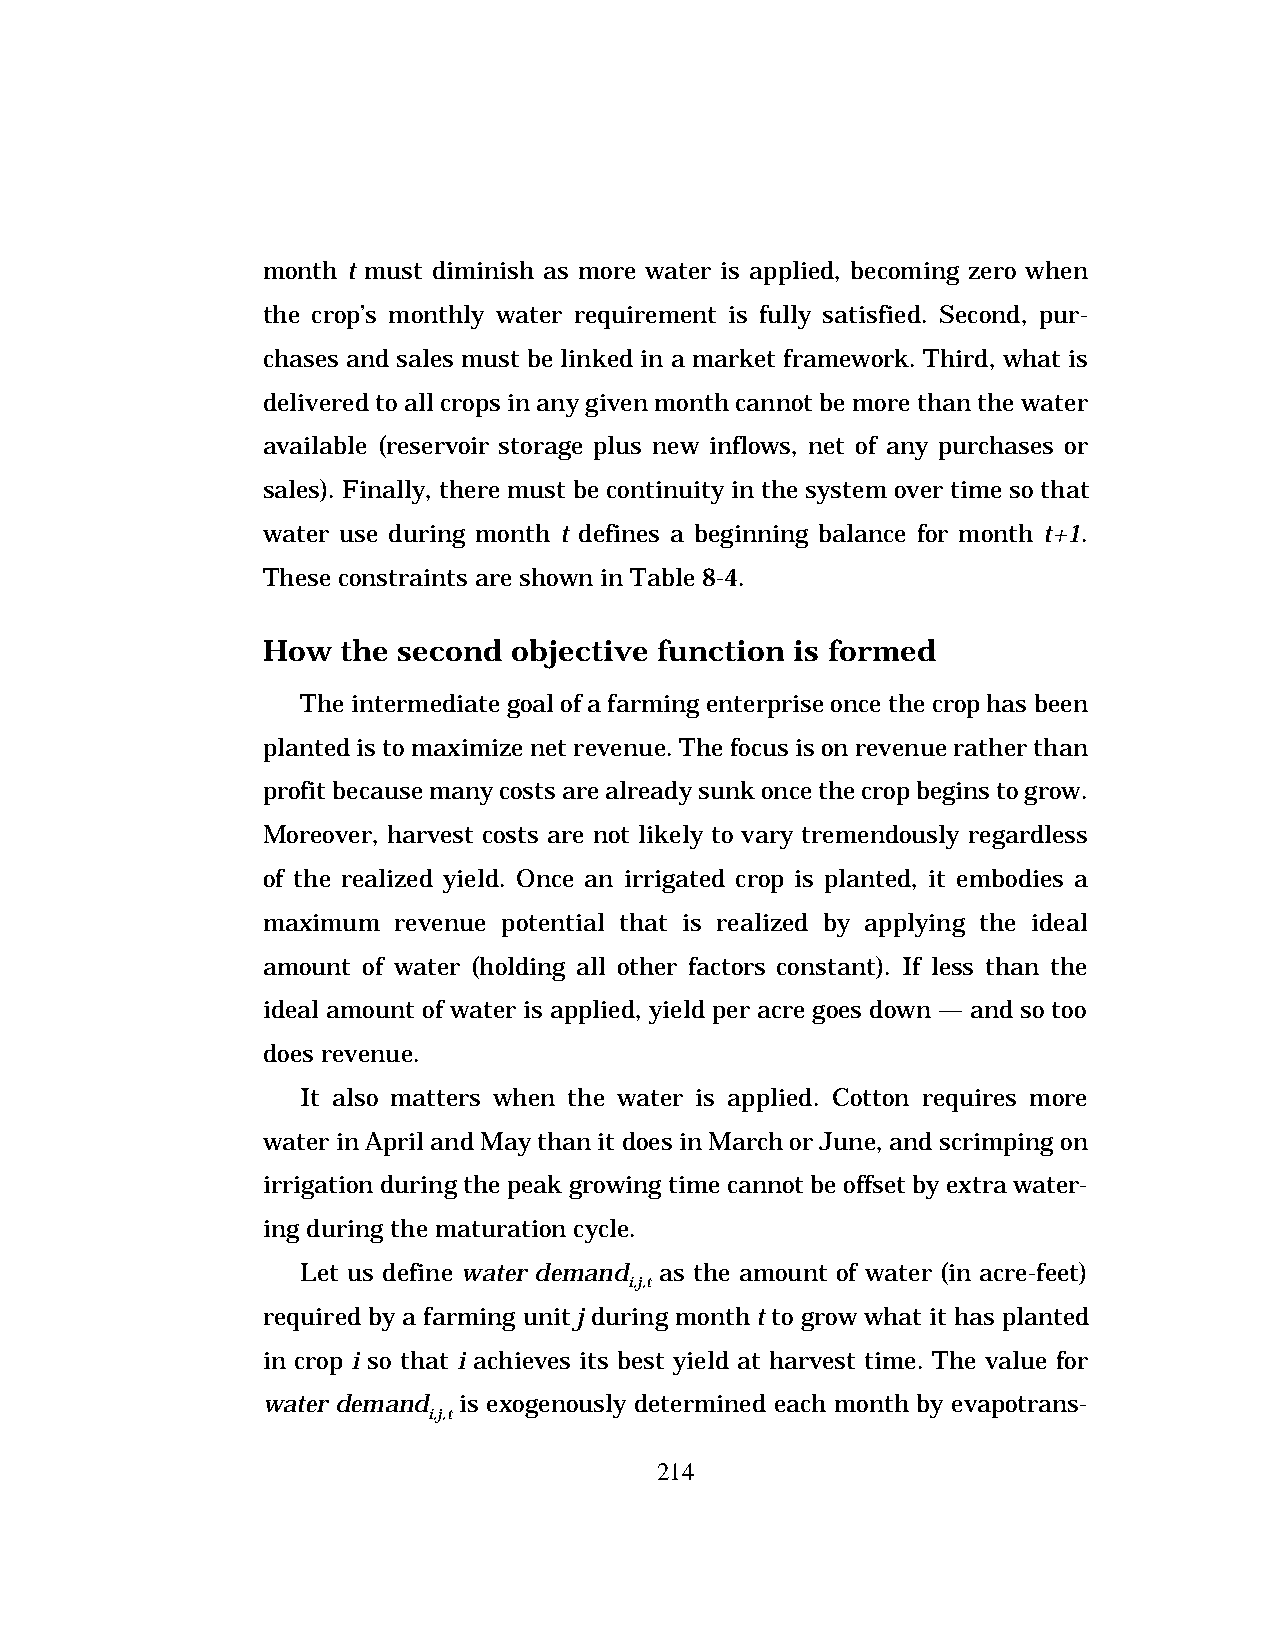
month t must diminish as more water is applied, becoming zero when
 the crop’s monthly water requirement is fully satisfied. Second, pur-
 chases and sales must be linked in a market framework. Third, what is
 delivered to all crops in any given month cannot be more than the water
 available (reservoir storage plus new inflows, net of any purchases or
 sales). Finally, there must be continuity in the system over time so that
 water use during month t defines a beginning balance for month t+1.
 These constraints are shown in Table 8-4.
 How   the second objective function is formed
 The intermediate goal of a farming enterprise once the crop has been
 planted is to maximize net revenue. The focus is on revenue rather than
 profit because many costs are already sunk once the crop begins to grow.
 Moreover, harvest costs are not likely to vary tremendously regardless
 of the realized yield. Once an irrigated crop is planted, it embodies a
 maximum  revenue potential that is realized by applying the ideal
 amount of water (holding all other factors constant). If less than the
 ideal amount of water is applied, yield per acre goes down — and so too
 does revenue.
 It also matters when the water is applied. Cotton requires more
 water in April and May than it does in March or June, and scrimping on
 irrigation during the peak growing time cannot be offset by extra water-
 ing during the maturation cycle.
 Let us define water demand as the amount of water (in acre-feet)
 i,j,t
 required by a farming unit j during month t to grow what it has planted
 in crop i so that i achieves its best yield at harvest time. The value for
 water demand is exogenously determined each month by evapotrans-
 i,j,t
 214